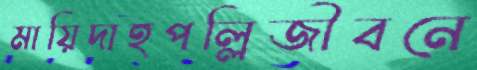
মায়িদাহপল্লিজীবনে